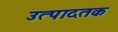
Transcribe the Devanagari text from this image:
उत्पादतक